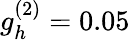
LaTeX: g_{h}^{(2)}=0.05